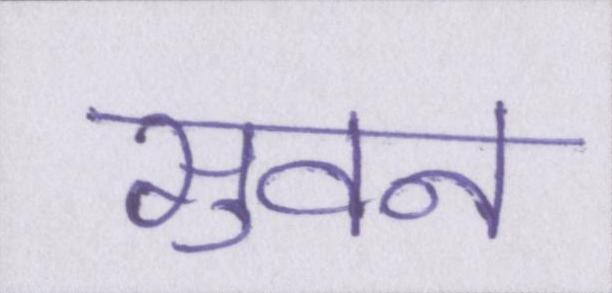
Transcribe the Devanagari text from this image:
सुवन